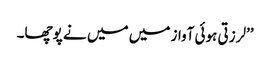
’’لرزتی ہوئی آواز میں میں نے پوچھا۔